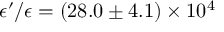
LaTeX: \epsilon ^ { \prime } / \epsilon = ( 2 8 . 0 \pm 4 . 1 ) \times 1 0 ^ { 4 }